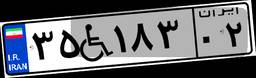
۳۵W۱۸۳۰۲